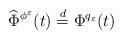
LaTeX: \begin{align*}\widehat \Phi^{\phi^\varepsilon}(t) \overset{ d} {= } \Phi^{q_\varepsilon}(t)\end{align*}